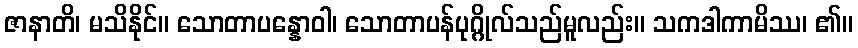
ဇာနာတိ၊ မသိနိုင်။ သောတာပန္နောဝါ၊ သောတာပန်ပုဂ္ဂိုလ်သည်မူလည်း။ သကဒါကာမိဿ၊ ၏။